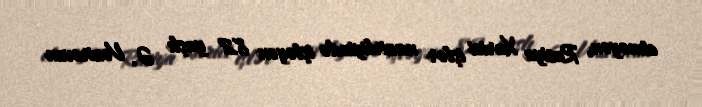
etməyən, Rusiya Xarici işlər nazirliyində işləyən 82 yaşlı Ə. Vəzirovun